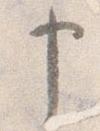
申